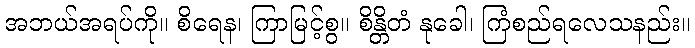
အဘယ်အရပ်ကို။ စိရေန၊ ကြာမြင့်စွ။ စိန္တိတံ နုခေါ၊ ကြံစည်ရလေသနည်း။